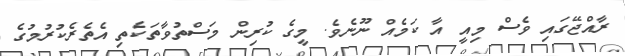
ރާއްޖޭގައި ވެސް މިއީ އާ ކަމެއް ނޫނެވެ. މީގެ ކުރިން މަސްތުވާތަކެތި އެތެރެކުރުމުގެ